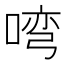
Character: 𭉎